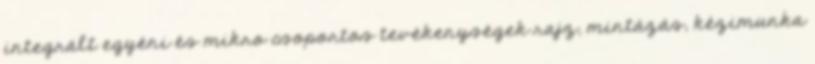
integrált egyéni és mikro csoportos tevékenységek rajz, mintázás, kézimunka